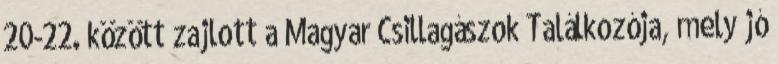
20-22. között zajlott a Magyar Csillagászok Találkozója, mely jó